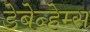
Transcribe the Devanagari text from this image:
डेबेन्हेम्स